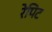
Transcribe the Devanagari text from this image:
रेपिट